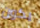
يكون